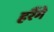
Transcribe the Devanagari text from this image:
हरैंगे